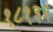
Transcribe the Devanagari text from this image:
१८१३२